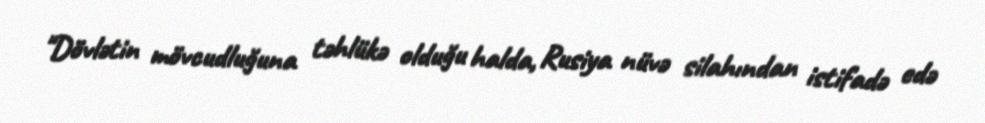
"Dövlətin mövcudluğuna təhlükə olduğu halda, Rusiya nüvə silahından istifadə edə